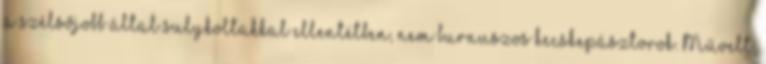
a szélsőjobb által sulykoltakkal ellentétben, nem burnuszos kecskepásztorok. Művelt,